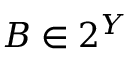
B \in 2 ^ { Y }